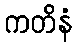
ကတိနံ